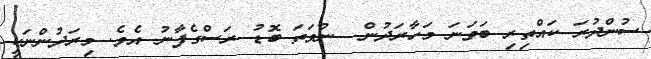
ސުންދުރަ ކައްތިރި ބަވަނަ މަހާރަދުން  ނުވަތަ ބޮޑު ރަސްގެފާނު އެވެ. މިރަދުންނަކީ